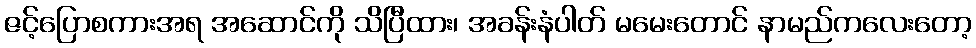
ဇင့်ပြောစကားအရ အဆောင်ကို သိပြီထား၊ အခန်းနံပါတ် မမေးတောင် နာမည်ကလေးတော့